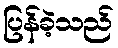
ပြန်ခဲ့သည်